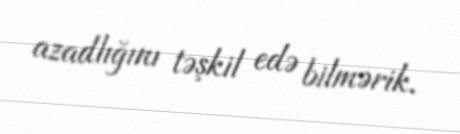
azadlığını təşkil edə bilmərik.